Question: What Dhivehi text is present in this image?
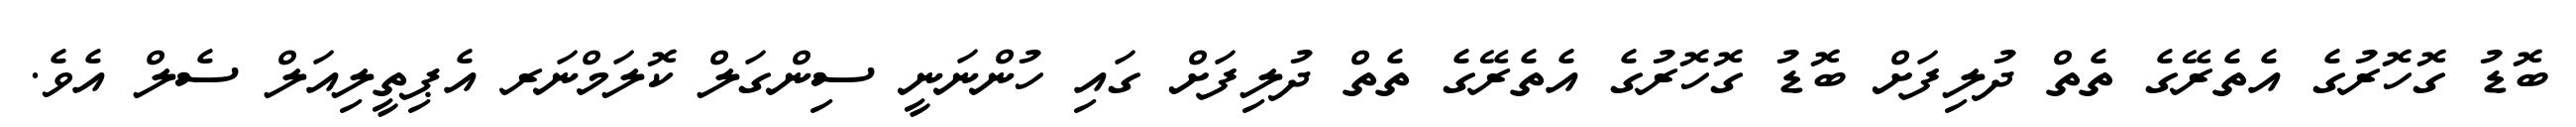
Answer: ބޮޑު ގޮހޮރުގެ އެތެރޭގެ ތެތް ދުލިފަށް ބޮޑު ގޮހޮރުގެ އެތެރޭގެ ތެތް ދުލިފަށް ގައި ހުންނަނީ ސިންގަލް ކޮލަމްނަރ އެޕިތީލިއަލް ސެލް އެވެ.